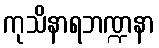
ကုသိနာရဘဏ္ဍနာ